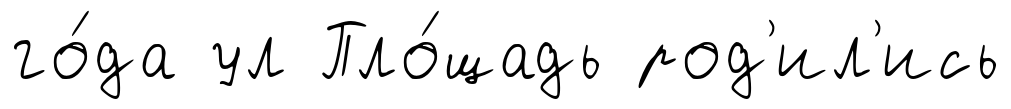
го́да ул Пло́щадь род'ил'ись